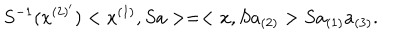
S ^ { - 1 } ( x ^ { ( 2 ) ^ { \prime } } ) < x ^ { ( 1 ) } , S a > = < x , S a _ { ( 2 ) } > S a _ { ( 1 ) } a _ { ( 3 ) } .